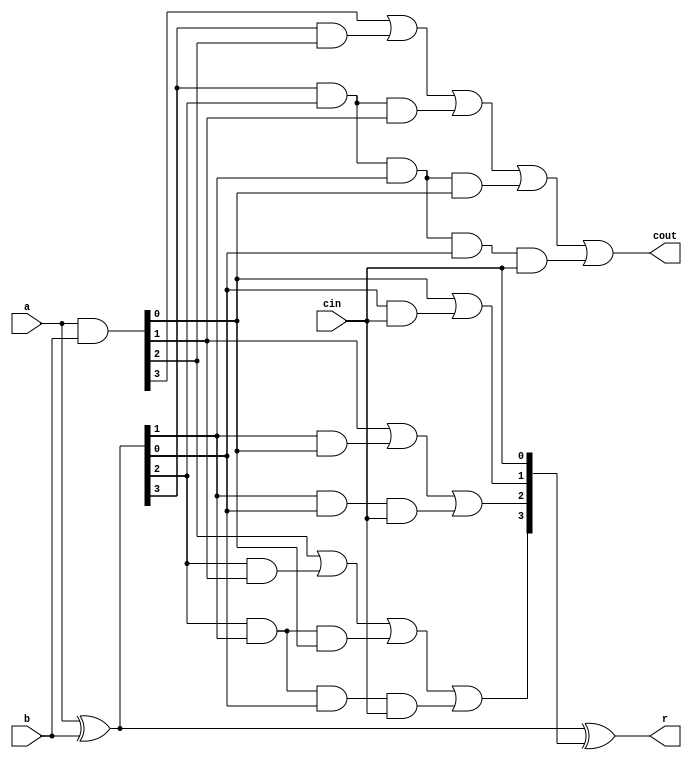
module cla4bit (input [3:0]  a, input [3:0]  b, output [3:0] r, input cin, output cout);
  wire [3:0] c, g, p;
  // Gi=Ai.Bi
  assign g = a & b;
  // Pi=Ai^Bi
  assign p = a ^ b;
  // Ci=Gi+Pi.Ci-1
  assign c[0] = cin; 
  assign c[1] = g[0] | (p[0] & c[0]);
  assign c[2] = g[1] | (p[1] & g[0]) | (p[1] & p[0] & c[0]);
  assign c[3] = g[2] | (p[2] & g[1]) | (p[2] & p[1] &  g[0]) | ( p[2] & p[1] & p[0] & c[0]);
  // Final carry (C4)
  assign cout = g[3] | (p[3] & g[2]) | (p[3] & p[2] & g[1])  | (p[3] & p[2] & p[1] &  g[0]) | ( p[3] & p[2] & p[1] & p[0] & c[0]);
  // Result
  assign r = p ^ c;
endmodule